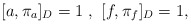
\begin{align*}[a , \pi_{a}]_{D} = 1~, ~[f, \pi_{f}]_{D} = 1, \end{align*}